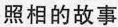
照相的故事